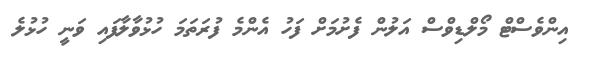
އިންވެސްޓް މޯލްޑިވްސް އަލުން ފެށުމަށް ފަހު އެންމެ ފުރަތަމަ ހުޅުވާލާފައި ވަނީ ހުޅުލެ